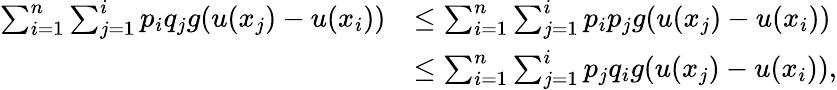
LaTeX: \begin{array}{rl}{\sum_{i=1}^{n}\sum_{j=1}^{i}p_{i}q_{j}g(u(x_{j})-u(x_{i}))}&{\leq\sum_{i=1}^{n}\sum_{j=1}^{i}p_{i}p_{j}g(u(x_{j})-u(x_{i}))}\\ &{\leq\sum_{i=1}^{n}\sum_{j=1}^{i}p_{j}q_{i}g(u(x_{j})-u(x_{i})),}\end{array}